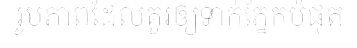
រូបភាពដែលគួរឲ្យទាក់ភ្នែកបំផុត